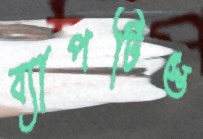
ব্যাপটিস্ত